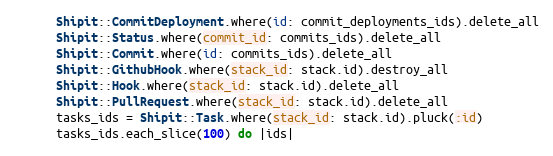
Language: Ruby
      Shipit::CommitDeployment.where(id: commit_deployments_ids).delete_all
      Shipit::Status.where(commit_id: commits_ids).delete_all
      Shipit::Commit.where(id: commits_ids).delete_all
      Shipit::GithubHook.where(stack_id: stack.id).destroy_all
      Shipit::Hook.where(stack_id: stack.id).delete_all
      Shipit::PullRequest.where(stack_id: stack.id).delete_all
      tasks_ids = Shipit::Task.where(stack_id: stack.id).pluck(:id)
      tasks_ids.each_slice(100) do |ids|